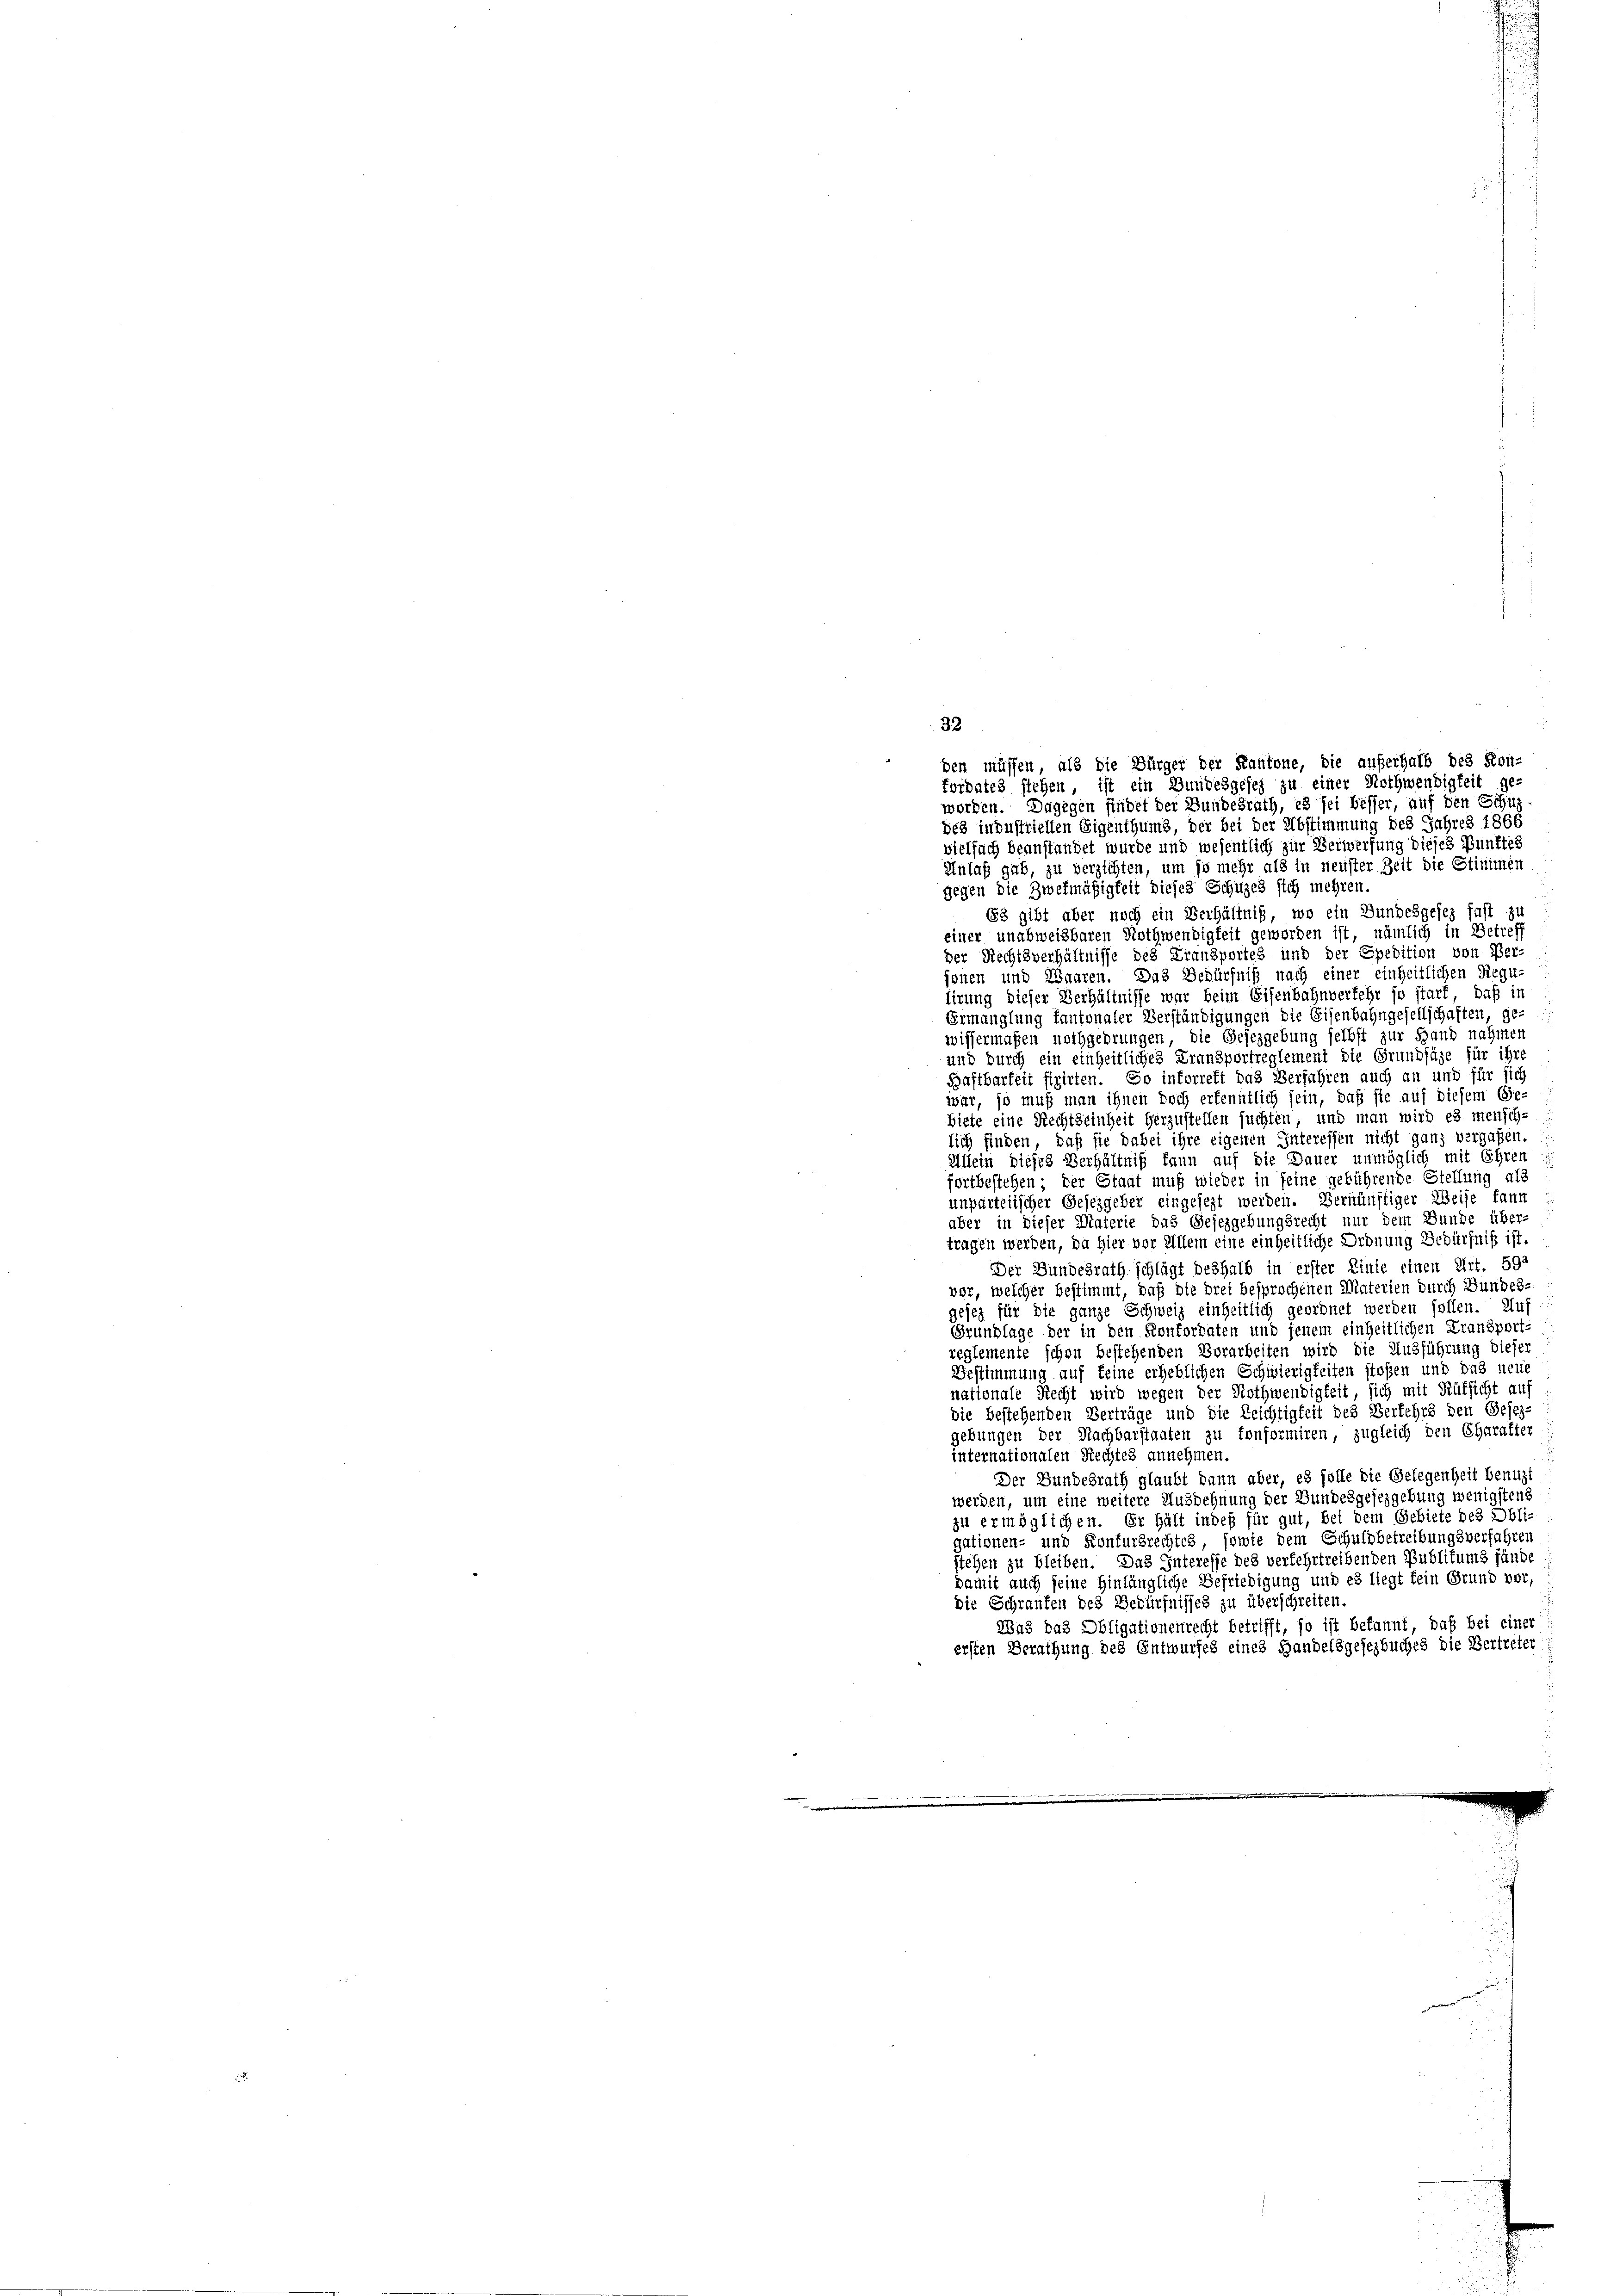
32
worden. Dagegen findet der Bundesrath, es sei besser, auf den Schus
des industriellen Eigenthums, der bei der Abstimmung des Jahres 1866
vielfach beanstandet wurde und wesentlich zur Verwerfung dieses Punktes
Anlaß gab, zu verzichten, um so mehr als in neuster Zeit die Stimmen
gegen die Zwekmäßigkeit dieses Schüzes sich mehren,
Es gibt aber noch ein Verhältnis, wo ein Bundesgesez fast zu
einer unabweisbaren Nothwendigkeit geworden ist, nämlich in Betreff
der Rechtsverhältnisse des Transportes und der Epedition von Per-
sonen und Waaren. Das Bedürfniß nach einer einheitlichen Regu-
lirung dieser Verhältnisse war beim Eisenbahnverkehr so starf, daß in
Ermanglung kantonaler Verständigungen die Eisenbahngesellschaften, ge
wissermaßen nothgedrungen, die Gesezgebung selbst zur Hand nahmen
und durch ein einheitliches Fransportreglement die Grundjäge für ihre
Baftbarkeit fixirten. So inforrest das Verfahren auch an und für sich
war, so muß man ihnen doch erkenntlich sein, daß sie auf diesem Ge-
biete eine Rechtseinheit herzustellen suchten, und man wird es mensch-
lich finden, daß sie dabei ihre eigenen Interessen nicht ganz vergaben.
Allein dieses Verhältniß kann auf die Dauer unmöglich mit Ehren
fortbestehen; der Staat muß wieder in seine geführende Stellung als
unparteiischer Gesezgeber eingesezt werden. Vernünftiger Weise kann
aber in dieser Materie das Gejezgebungsrecht nur dem Bunde über-
tragen werden, da hier vor Allem eine einheitliche Ordnung Bedürfniß ist.
Der Bundesrath schlägt deshalb in erster Linie einen Art. 592
vor, welcher bestimmt, daß die drei besprochenen Materien durch Bundes-
ejez für die ganze Schweiz einheitlich geordnet werden sollen. Auf
Grundlage der in den Konkordaten und jenem einheitlichen Fransport-
reglemente schon bestehenden Vorarbeiten wird die Ausführung dieser
Bestimmung auf keine erheblichen Schwierigkeiten stoßen und das neue
nationale Recht wird wegen der Nothwendigkeit, sich mit Rüksicht auf
die bestehenden Verträge und die Reichtigkeit des Verkehrs den Gesezgebungen der Nachbarstaaten zu conformiren, zugleich den Charakter
internationalen Rechtes annehmen.
Der Bundesrath glaubt dann aber, es solle die Gelegenheit benuzt
werden, um eine weitere Ausdehnung der Bundesgesezgebung wenigstens
zu ermöglichen. Er hält indeß für gut, bei dem Gebiete des Obli-
gationen- und Konfursrechtes, sowie dem Schuldbetreibungsverfahren
stehen zu bleiben. Das Interesse des verfehrtreibenden Publikums fände
damit auch seine Hinlängliche Befriedigung und es liegt kein Grund vor,
Die Schraufen des Bedürfnisses zu überschreiten.
Was das Obligationenrecht betrifft, so ist bekannt, daß bei einer
ersten Berathung des Entwurfes eines Handelsgesezbuches die Vertreter

den müssen, als die Bürger der Kantone, die auferhalb des Kon-
fordates stehen, ist ein Gundesgeses zu einer Nothwendigkeit ge-